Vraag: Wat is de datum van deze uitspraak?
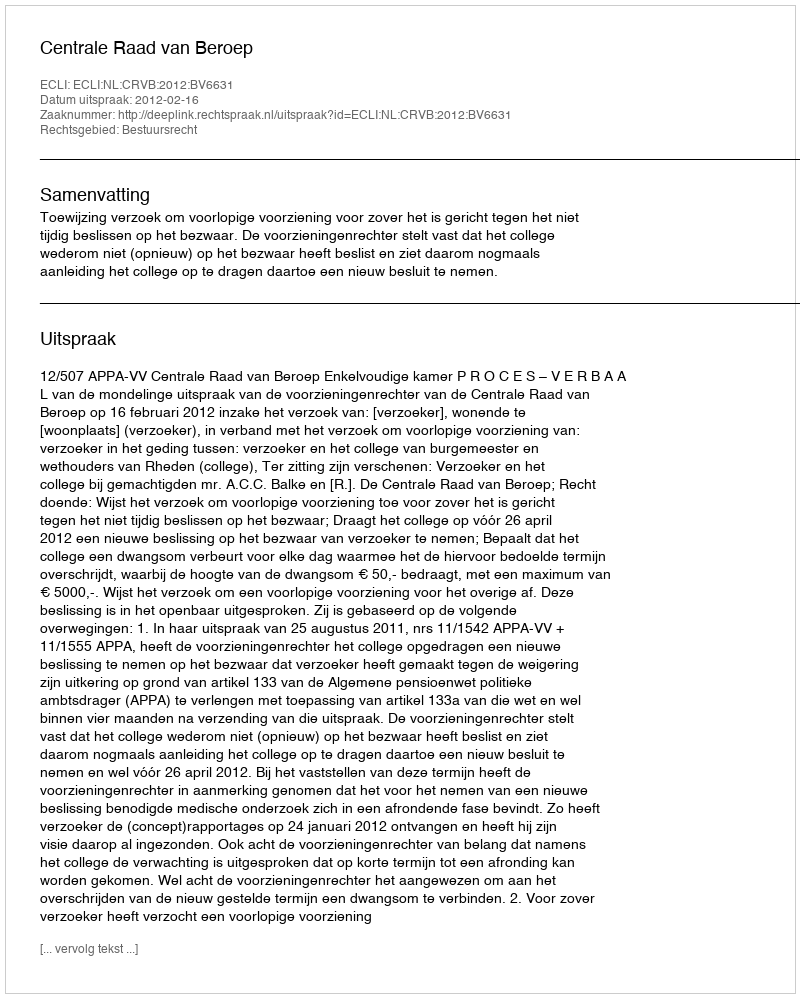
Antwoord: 2012-02-16